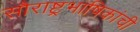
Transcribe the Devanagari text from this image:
सौराष्ट्रभाषिकांची